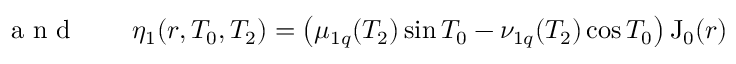
\begin{array} { r l r } { \textrm { a n d } } & { { } } & { \eta _ { 1 } ( r , T _ { 0 } , T _ { 2 } ) = \left( \mu _ { 1 q } ( T _ { 2 } ) \sin T _ { 0 } - \nu _ { 1 q } ( T _ { 2 } ) \cos T _ { 0 } \right) \mathrm { J _ { 0 } } ( r ) } \end{array}